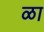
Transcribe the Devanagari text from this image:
ळा